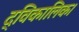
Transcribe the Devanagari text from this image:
द्विकालिक।